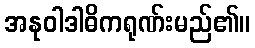
အနုဝါဒါဓိကရုဏ်းမည်၏။